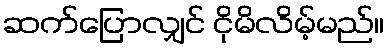
ဆက်ပြောလျှင် ငိုမိလိမ့်မည်။